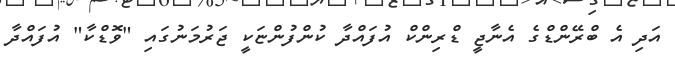
އަދި އެ ބްރޭންޑްގެ އެނާޖީ ޑްރިންކް އުފައްދާ ކުންފުންޏަކީ ޖަރުމަނުގައި "ވޮޑްކާ" އުފައްދާ